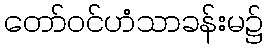
တော်ဝင်ဟံသာခန်းမ၌